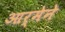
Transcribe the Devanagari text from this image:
आर्मेने